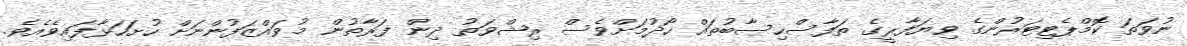
ނުވަތަ ކޮމްޕެޓިޓަރުންގެ ވިޔަފާރީގެ ތަފާސްހިސާބުތައް ހޯދުމަށްވެސް ރިޝްވަތު ދިން ފަރާތުން މުވައްޒަފުންނަށް ހުށަހަޅާފައިވެއެވެ.